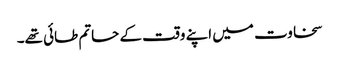
سخاوت میں اپنے وقت کے حاتم طائی تھے۔